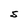
Character: S